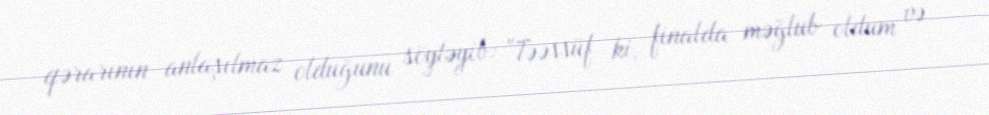
qərarının anlaşılmaz olduğunu söyləyib: "Təəssüf ki, finalda məğlub oldum və